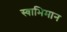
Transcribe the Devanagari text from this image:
स्‍वाभिमान